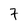
Character: 7